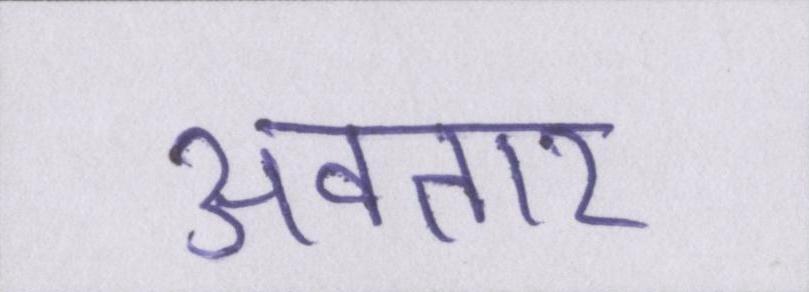
अवतार